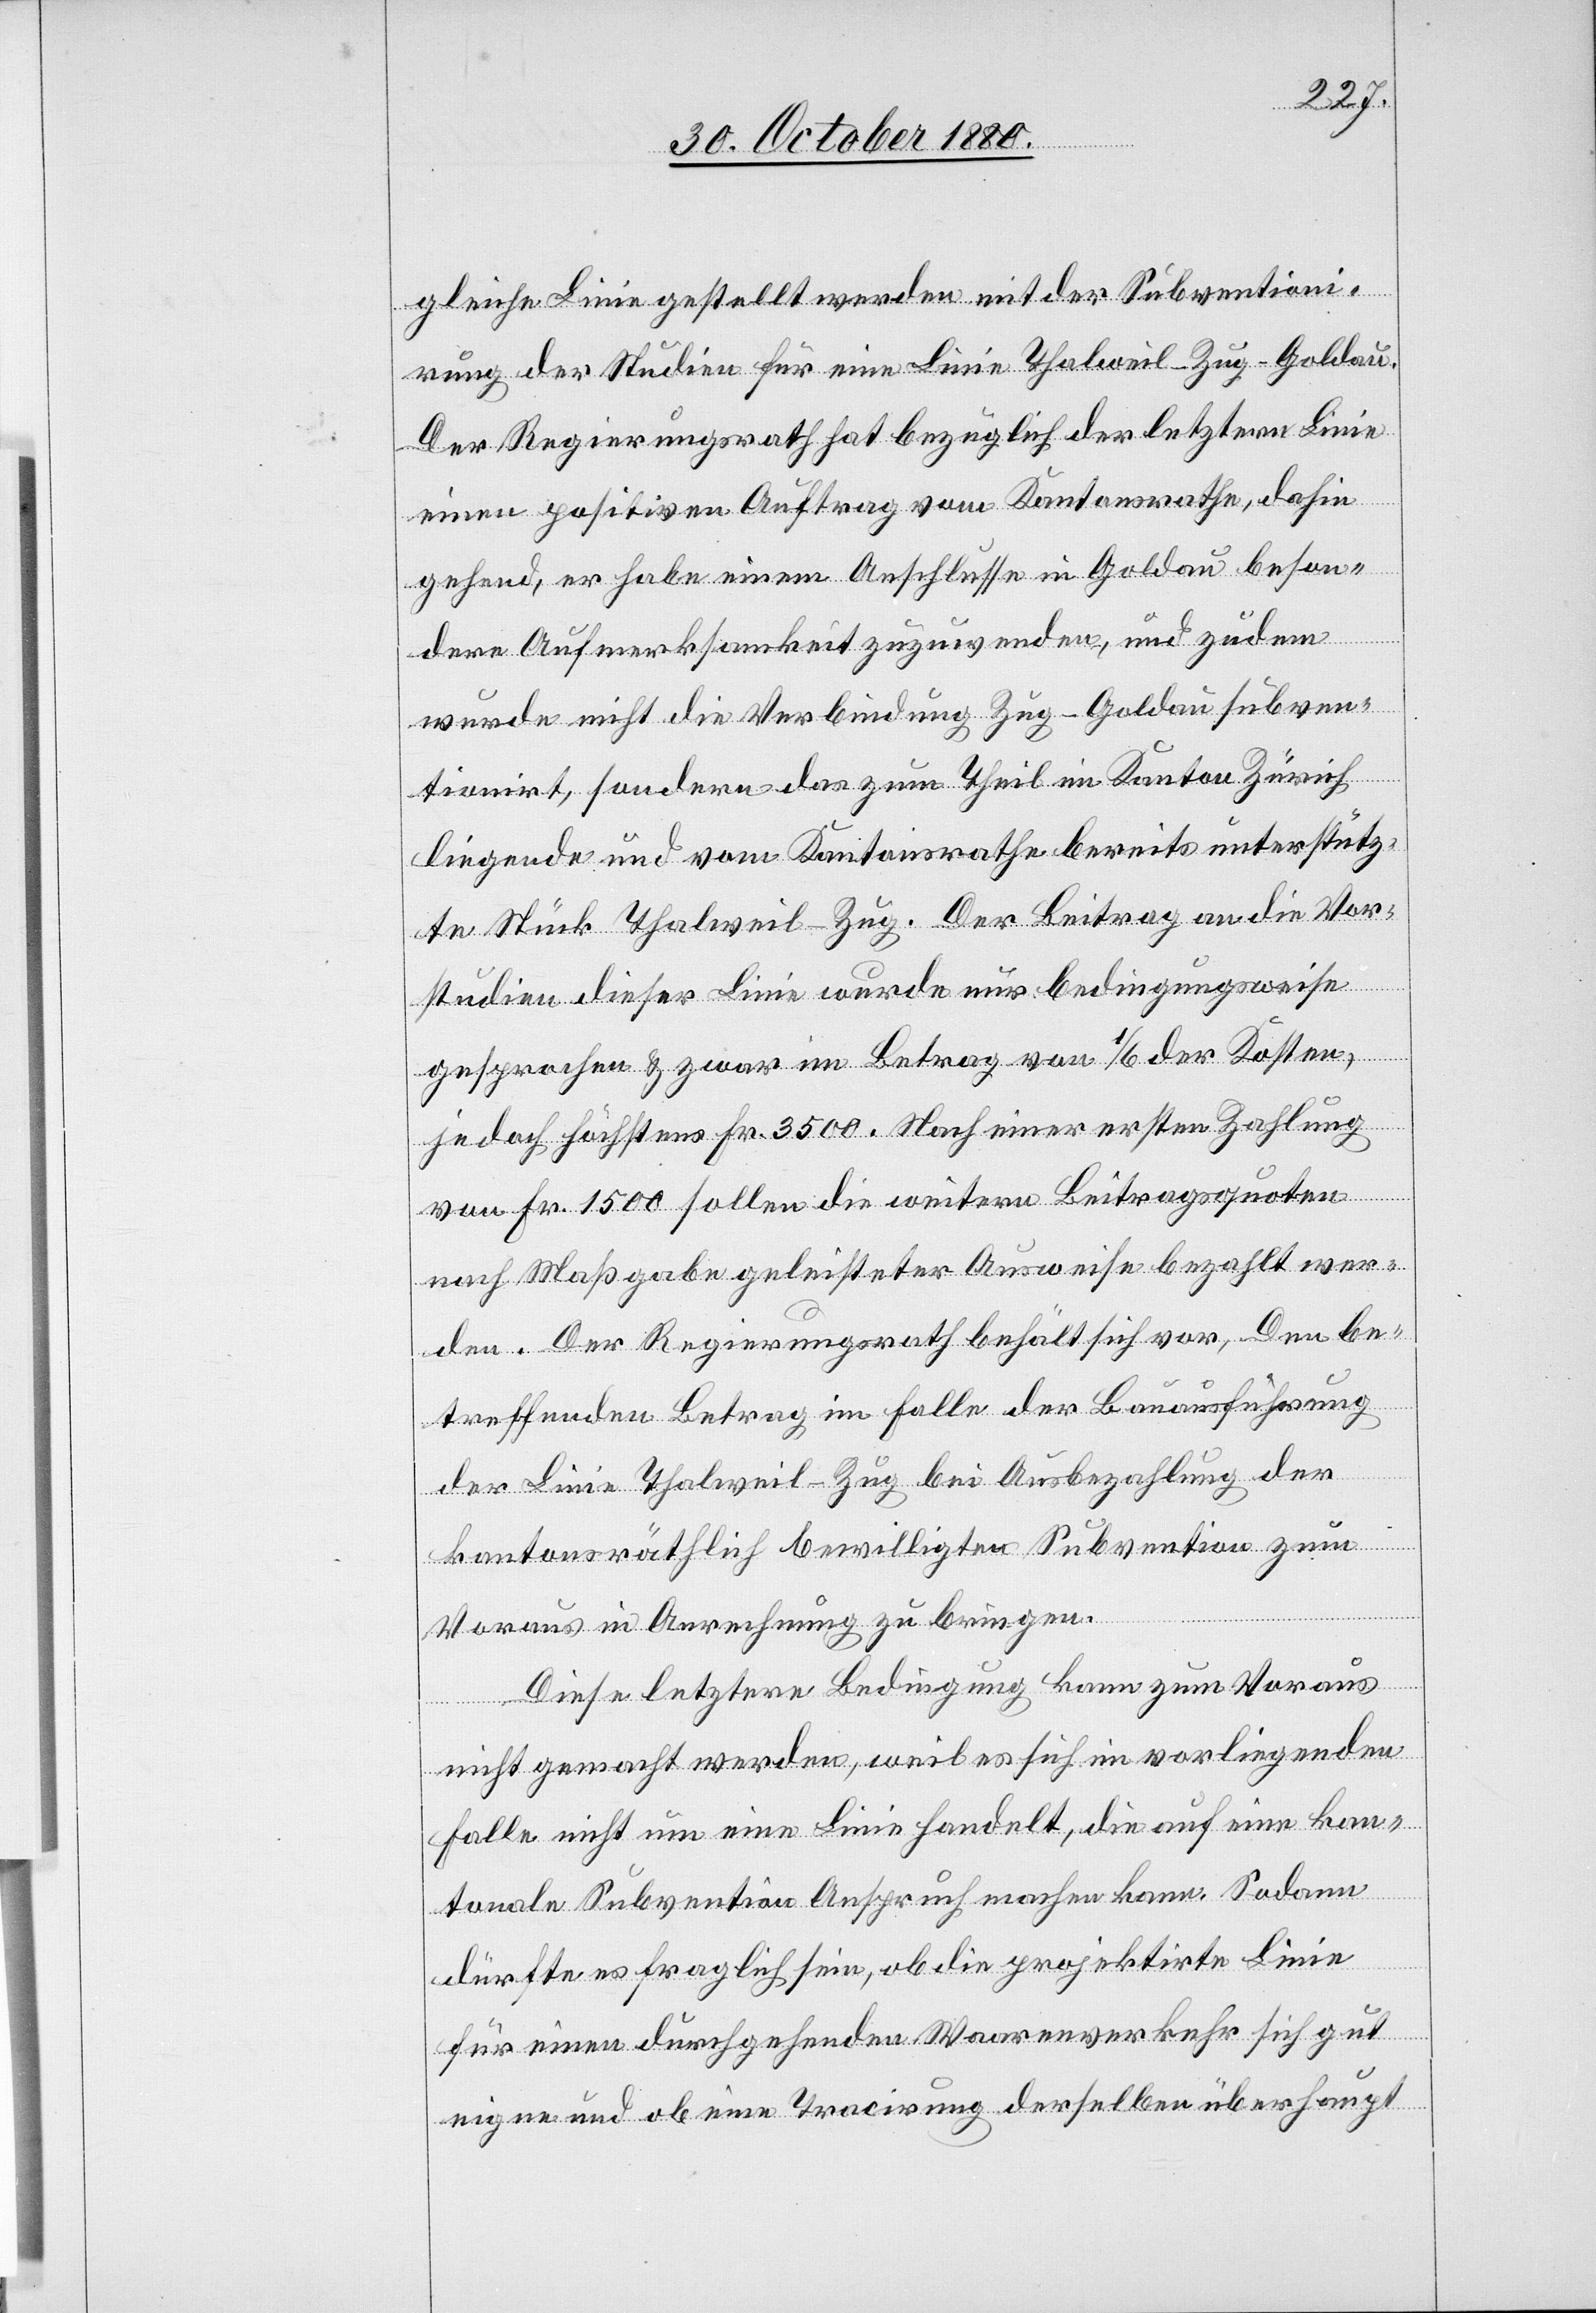
gleiche Linie gestellt werden mit der Subventioni¬
rung der Studien für eine Linie Thalweil–Zug–Goldau.
Der Regierungsrath hat bezüglich der letztern Linie
einen positiven Auftrag vom Kantonsrathe, dahin
gehend, er habe einem Anschlusse in Goldau beson¬
dern Aufmerksamkeit zuzuwenden, und zudem
wurde nicht die Verbindung Zug–Goldau subven¬
tionirt, sondern das zum Theil im Kanton Zürich
liegende und vom Kantonsrathe bereits unterstütz¬
te Stück Thalweil–Zug. Der Beitrag an die Vor¬
studien dieser Linie wurde nur bedingungsweise
gesprochen & zwar im Betrag von 1/6 der Kosten,
jedoch höchstens Fr. 3500. Nach einer ersten Zahlung
von Fr. 1500 sollen die weitern Beitragsquoten
nach Maßgabe geleisteter Ausweise bezahlt wer¬
den. Der Regierungsrath behält sich vor, Den
be¬
treffenden Betrag im Falle der Bauausführung
der Linie Thalweil–Zug bei Ausbezahlung der
kantonsräthlich bewilligten Subvention zum
Voraus in Anrechnung zu bringen.
Diese letztere Bedingung kann zum Voraus
nicht gemacht werden, weil es sich im vorliegenden
Falle nicht um eine Linie handelt, die auf eine kan¬
tonale Subvention Anspruch machen kann. Sodann
dürfte es fraglich sein, ob die projektirte Linie
für einen durchgehenden Waarenverkehr sich gut
eigne und ob eine Tracirung derselben überhaupt